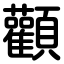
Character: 顴